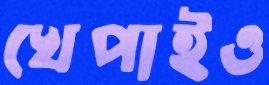
খেপাইও